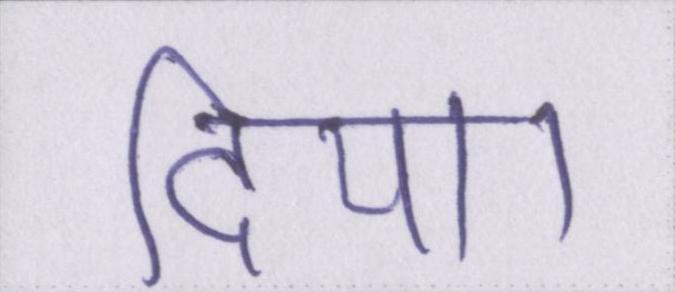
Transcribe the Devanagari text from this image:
दिया।